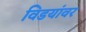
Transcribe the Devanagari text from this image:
विडयांवर